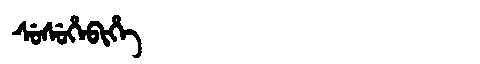
Manchu: ᠰᡠᠰᡠᡥᡝᠪᡳᡥᡝ
Romanization: SUSUHEBIHE